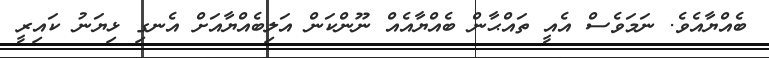
ބެއްޔާއެވެ. ނަމަވެސް އެއީ ތައްޙާން ބެއްޔާއެއް ނޫންކަން އަލިބެއްޔާއަށް އެނގި ޅިޔަނު ކައިރީ